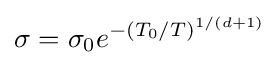
\sigma =\sigma _{0}e^{-(T_{0}/T)^{1/(d+1)}}